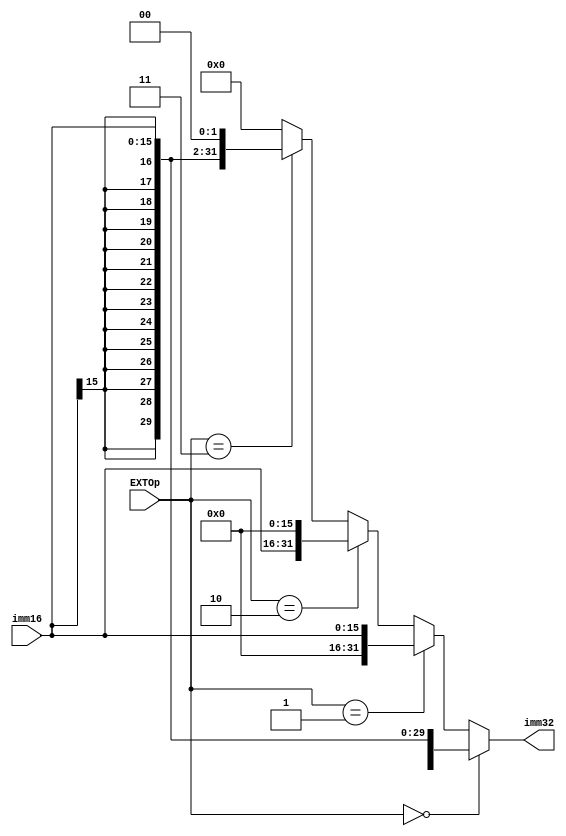
`timescale 1ns / 1ps
//////////////////////////////////////////////////////////////////////////////////
// Company: 
// Engineer: 
// 
// Design Name: 
// Module Name:    EXT 
// Project Name: 
// Target Devices: 
// Tool versions: 
// Description: 
//
// Dependencies: 
//
// Revision: 
// Revision 0.01 - File Created
// Additional Comments: 
//
//////////////////////////////////////////////////////////////////////////////////
module EXT(
	 input [15:0] imm16,
	 input [1:0] EXTOp,
	 output [31:0] imm32
    );
	 
	 assign imm32 = (EXTOp==2'b00)?({{16{imm16[15]}},imm16}):
							 (EXTOp==2'b01)?({16'b0,imm16}):
							 (EXTOp==2'b10)?({imm16,16'b0}):
							 (EXTOp==2'b11)?({{14{imm16[15]}},imm16,2'b0}):32'b0;


endmodule